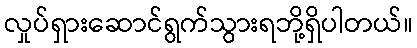
လှုပ်ရှားဆောင်ရွက်သွားရဘို့ရှိပါတယ်။